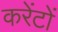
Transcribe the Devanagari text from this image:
करेंटों